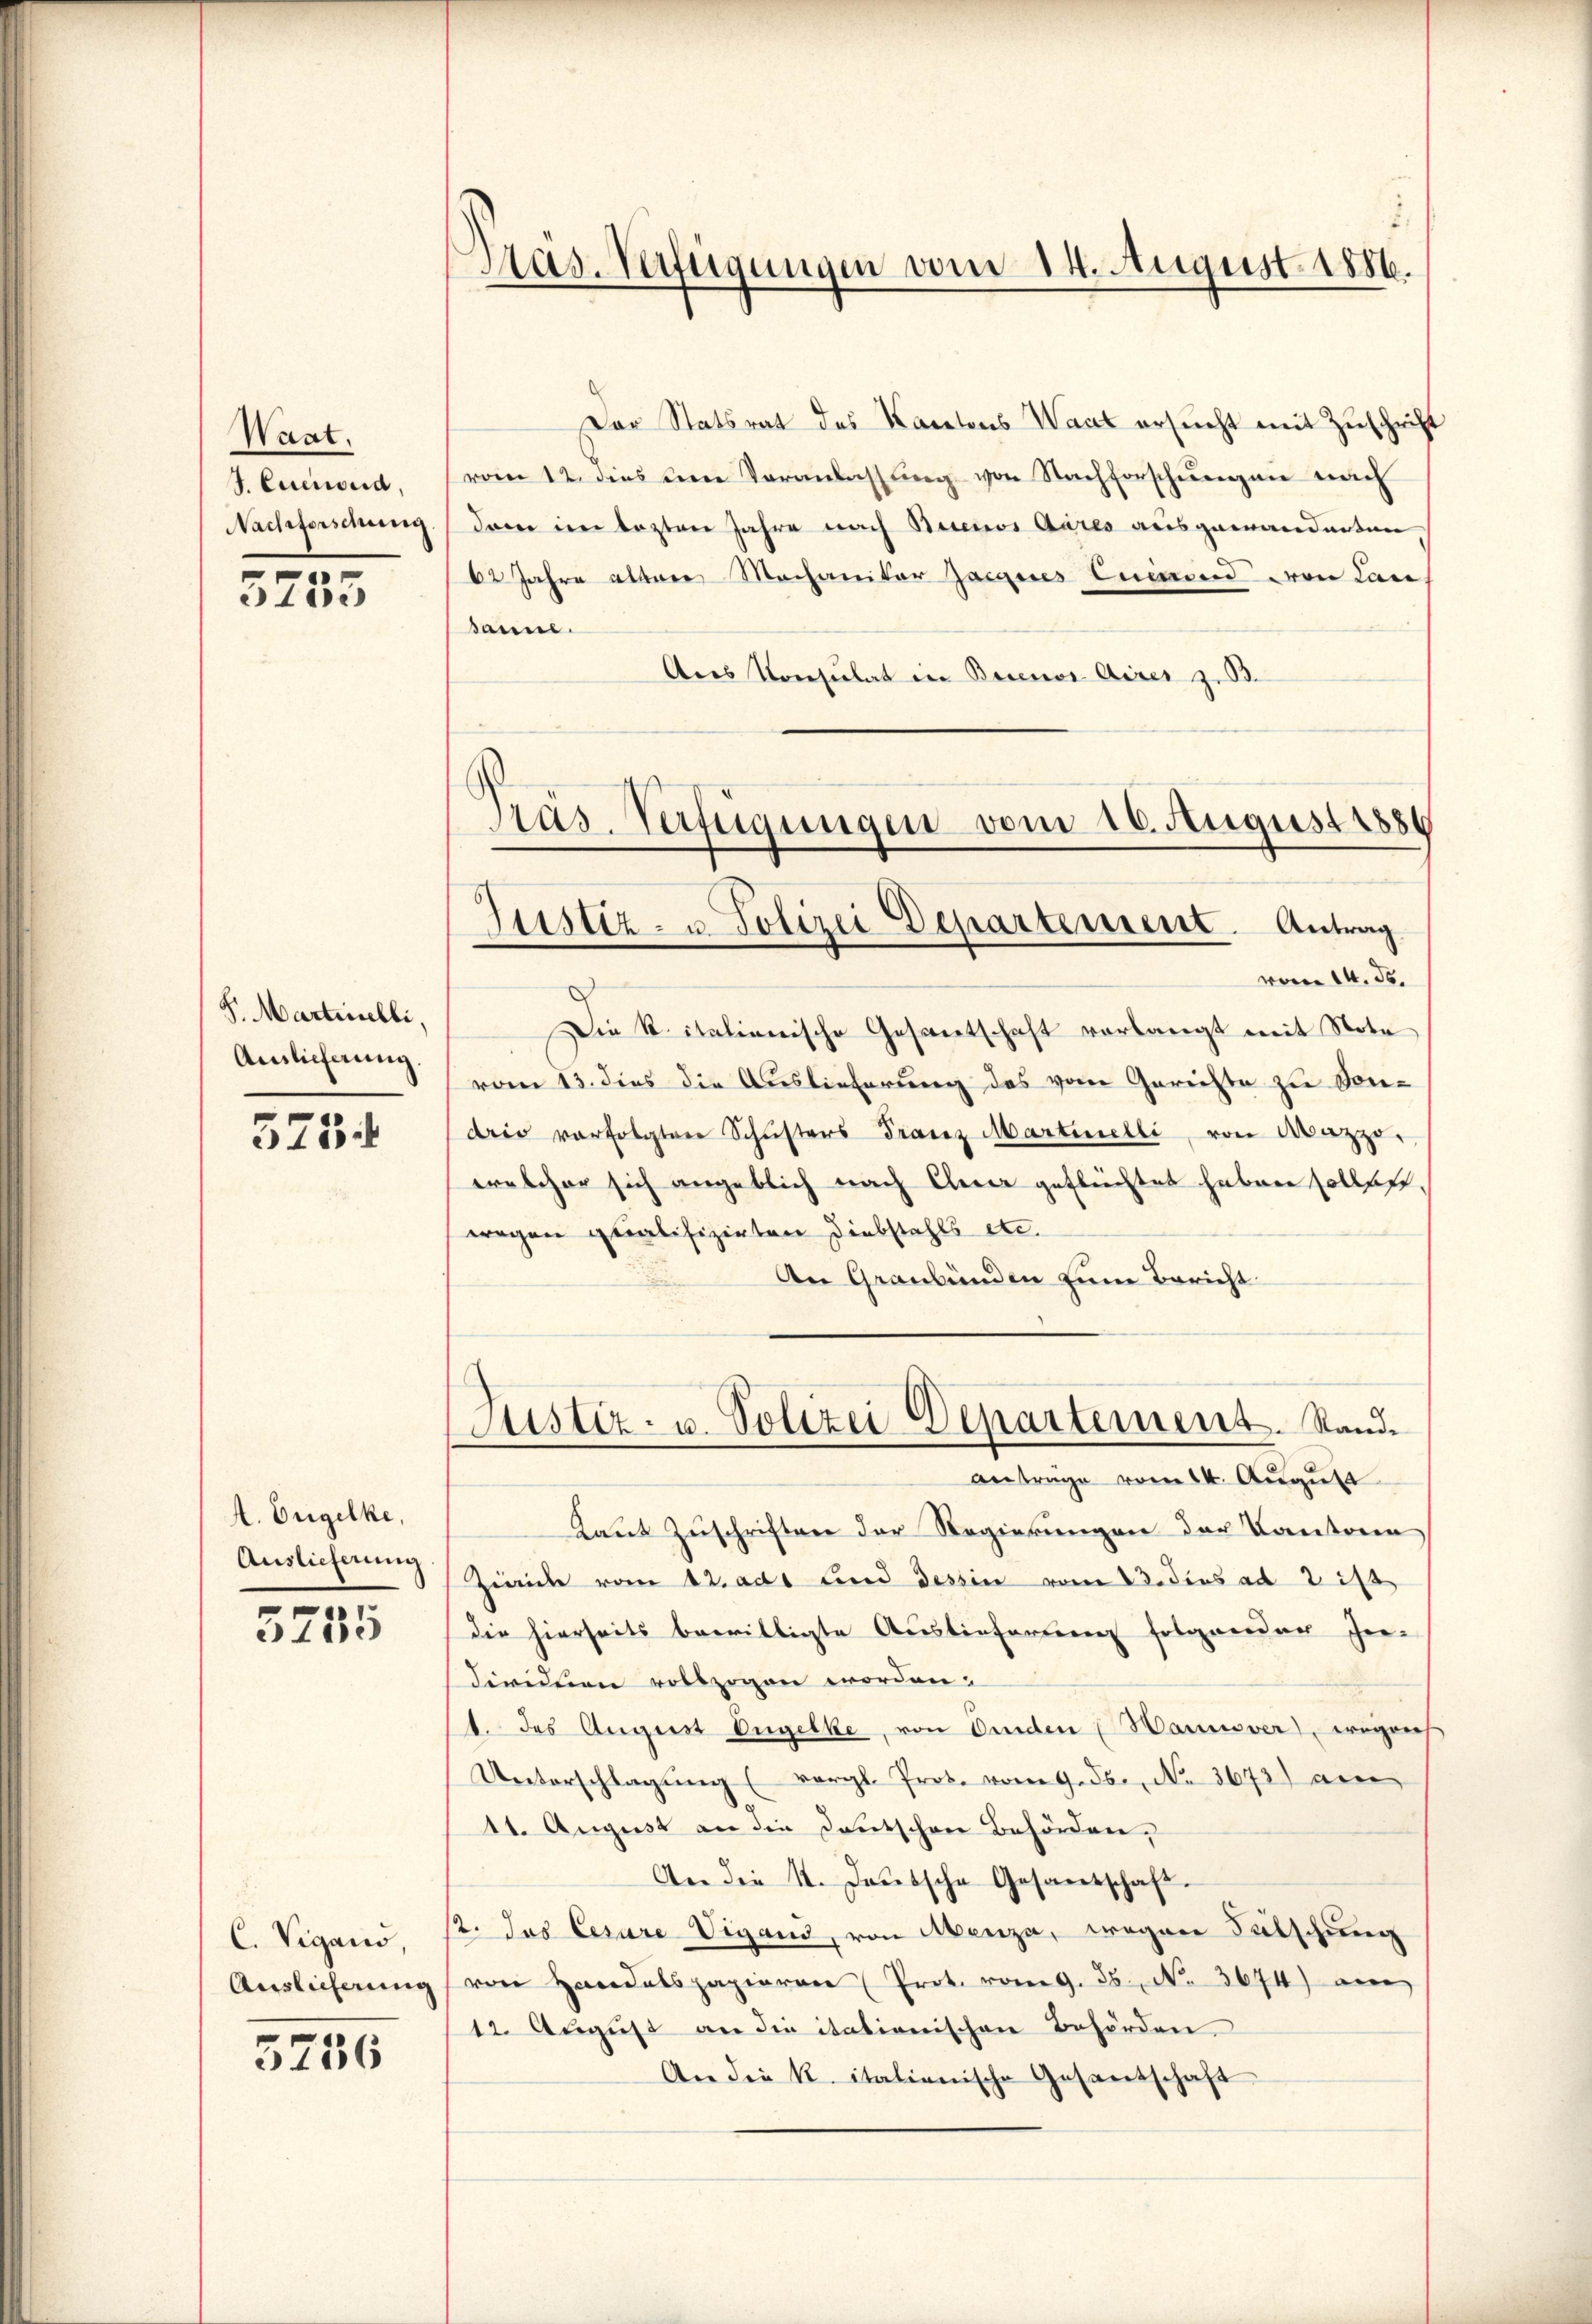
Waat.
J. Euenord,
Nachforschung
.

5255

S. Martinelli,
Auslieferung.

573.

A. Engelke,
Auslieferung
r

5235

C. Vigano,
Auslicherung

5736

Pras-Verfügungen vom 14. August 1886.

Der Statsrat des Kantons Wart ersŭcht mit Zuschrift
d
vom 12. dies um Veranlassŭng von Nachforschungen nach
dan im lezten Jahre nach Buenos Aires ausgewanderten
62 Jahre alten Mechanitar Jacquis Emmend von Lan
sanne.
Ans Konsulat in Buenos Airer z.B.
vom 14. ds.
Die K. italienische Gesantschaft verlangt mit Note
vom 13. dies die Auslieferung des vom Gerichte zu Sondrio vorfolgten Schŭsters Franz Martinelli von Mazzo.
welcher sich angeblich nach Gener geflüchtet haben sollen.
wegen qualifizirten Diebstahls etc.
An Graubünden zum Bericht
Justiz- u. Polizei Departement. Stand.
Antrage vom 14. August
Laut Zuschriften der Regierungen der Kantone
Zwicke vom 12. adt und dessin vom 23. dies ad 2 ist
die hierseits bewilligte Auslieferung folgender hie-
dividuen vollzogen worden.
1. des August Engelbe, von Oeden Hannover, wegens
Unterschlagung (vergl. Prot. vom 9. ds., Nr. 3673) an
11. August an die Deutschen Behörden,
An die 1. Janische Gesandschaft.
12. Jus Cesare Vigand, von Menza, wegen Sutschung
von Handalspapieren (Prot. vom 9. ds., N. 3674) an
12. August an die itationischen Behörden.
An die K. italienische Gesantschaft

Präs. Verfügungen vom 16. August 1880
Justiz- u. Polizei Departement. Antrag